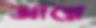
আন্নে